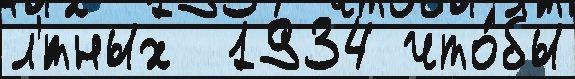
л'́тных  1934 что́бы